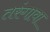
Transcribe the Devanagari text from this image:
तरंगावा